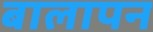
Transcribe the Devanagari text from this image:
बालापन